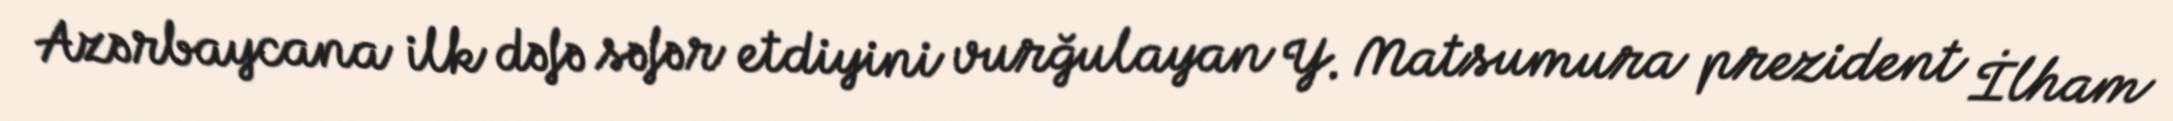
Azərbaycana ilk dəfə səfər etdiyini vurğulayan Y. Matsumura prezident İlham